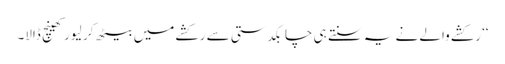
‘‘ رکشے والے نے یہ سنتے ہی چابکدستی سے رکشے میں بیٹھ کر لیور کھینچ ڈالا۔